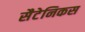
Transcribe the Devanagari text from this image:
सैटेनिकस